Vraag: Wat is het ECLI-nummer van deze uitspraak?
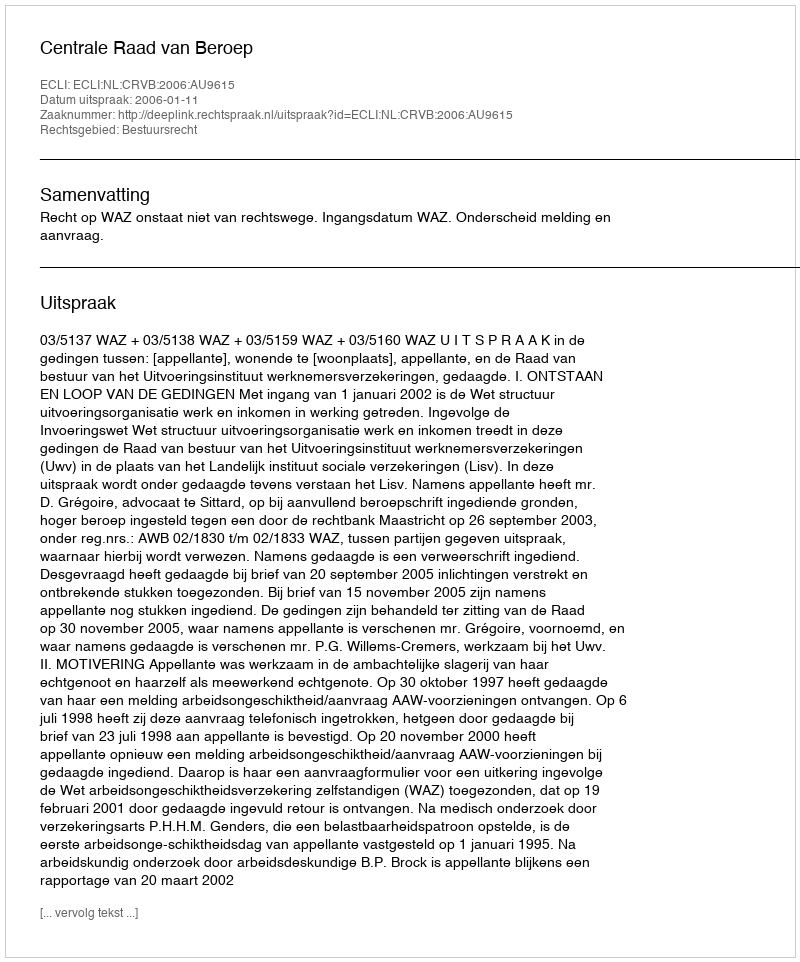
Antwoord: ECLI:NL:CRVB:2006:AU9615